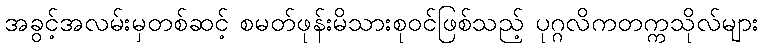
အခွင့်အလမ်းမှတစ်ဆင့် စမတ်ဖုန်းမိသားစုဝင်ဖြစ်သည့် ပုဂ္ဂလိကတက္ကသိုလ်များ